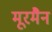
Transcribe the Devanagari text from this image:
मूरमैन